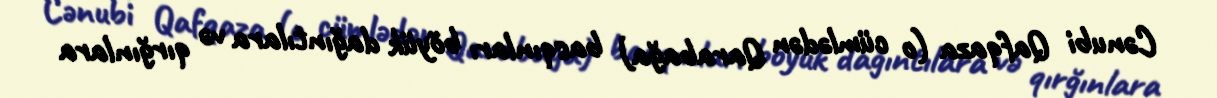
Cənubi Qafqaza (o cümlədən Qarabağa) basqınları böyük dağıntılara və qırğınlara